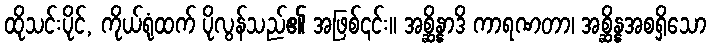
ထိုသင်းပိုင်, ကိုယ်ရုံထက် ပိုလွန်သည်၏ အဖြစ်၎င်း။ အစ္ဆိန္နာဒိ ကာရဏတာ၊ အစ္ဆိန္နအစရှိသော